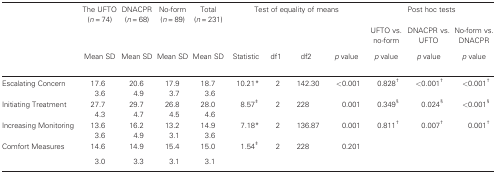
<table><thead><tr><td></td><td><b>The UFTO (<i>n</i> = 74)</b></td><td><b>DNACPR (<i>n</i> = 68)</b></td><td><b>No‐form (<i>n</i> = 89)</b></td><td><b>Total (<i>n</i> = 231)</b></td><td colspan="4"><b>Test of equality of means</b></td><td colspan="3"><b>Post hoc tests</b></td></tr><tr><td colspan="9"></td><td><b>UFTO vs. no‐form</b></td><td><b>DNACPR vs. UFTO</b></td><td><b>No‐form vs. DNACPR</b></td></tr><tr><td></td><td><b>Mean SD</b></td><td><b>Mean SD</b></td><td><b>Mean SD</b></td><td><b>Mean SD</b></td><td><b>Statistic</b></td><td><b>df1</b></td><td><b>df2</b></td><td><b><i>p</i> value</b></td><td><b><i>p</i> value</b></td><td><b><i>p</i> value</b></td><td><b><i>p</i> value</b></td></tr></thead><tbody><tr><td>Escalating Concern</td><td>17.6</td><td>20.6</td><td>17.9</td><td>18.7</td><td>10.21*</td><td>2</td><td>142.30</td><td>&lt;0.001</td><td>0.828†</td><td>&lt;0.001†</td><td>&lt;0.001†</td></tr><tr><td></td><td>3.6</td><td>4.9</td><td>3.7</td><td>3.6</td></tr><tr><td>Initiating Treatment</td><td>27.7</td><td>29.7</td><td>26.8</td><td>28.0</td><td>8.57‡</td><td>2</td><td>228</td><td>0.001</td><td>0.349§</td><td>0.024§</td><td>&lt;0.001§</td></tr><tr><td></td><td>4.3</td><td>4.7</td><td>4.5</td><td>4.6</td></tr><tr><td>Increasing Monitoring</td><td>13.6</td><td>16.2</td><td>13.2</td><td>14.9</td><td>7.18*</td><td>2</td><td>136.87</td><td>0.001</td><td>0.811†</td><td>0.007†</td><td>0.001†</td></tr><tr><td></td><td>3.6</td><td>4.9</td><td>3.1</td><td>3.6</td></tr><tr><td>Comfort Measures</td><td>14.6</td><td>14.9</td><td>15.4</td><td>15.0</td><td>1.54‡</td><td>2</td><td>228</td><td colspan="2">0.201</td></tr><tr><td></td><td>3.0</td><td>3.3</td><td>3.1</td><td>3.1</td></tr></tbody></table>